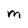
Character: M